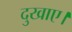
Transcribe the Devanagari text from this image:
दुखाए।